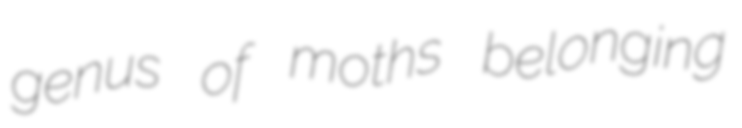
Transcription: genus of moths belonging